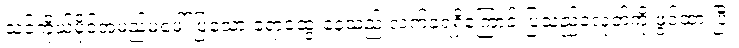
သင့်ကိုယ်ပိုင်အမည်မဖေါ်ပြသော ရောထွေးနေသည့် လက်ခံရရှိကြောင်းပြသည့်ခလုတ်ကို ဖွင့်ထားပြီး